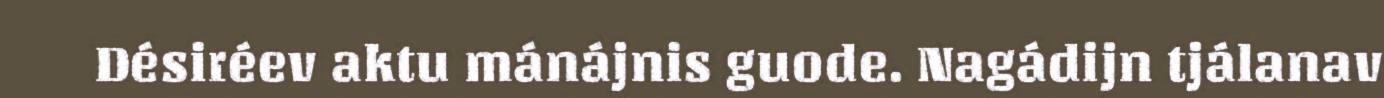
Désiréev aktu mánájnis guode. Nagádijn tjálanav